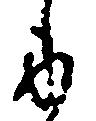
に